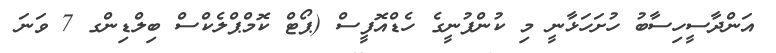
އަންދާސީހިސާބު ހުށަހަޅާނީ މި ކުންފުނީގެ ހެޑްއޮފީސް (ޕޯޓް ކޮމްޕްލެކްސް ބިލްޑިންގ 7 ވަނަ